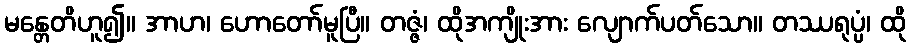
မန္တေတိဟူ၍။ အာဟ၊ ဟောတော်မူပြီ။ တဇ္ဇံ၊ ထိုအကျိုးအား လျောက်ပတ်သော။ တဿရုပ္ပံ၊ ထို